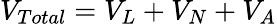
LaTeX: V_{Total}=V_{L}+V_{N}+V_{A}